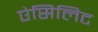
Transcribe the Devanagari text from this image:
ऐसिलिट